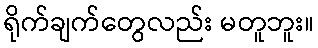
ရိုက်ချက်တွေလည်း မတူဘူး။